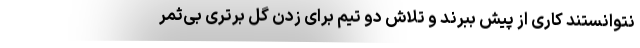
نتوانستند کاری از پیش ببرند و تلاش دو تیم برای زدن گل‌ برتری بی‌ثمر